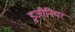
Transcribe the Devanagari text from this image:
इ़जीनियर